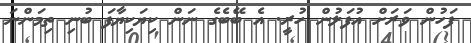
ފަހުން ވަރަށް އުފަލުން ހުރީ. އެ ބޭބެގެ ނަން ކިޔަކިޔާފަ ބުނި ތިމަންނަ